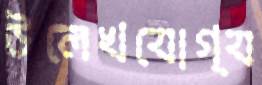
উলেখযোগ্য